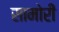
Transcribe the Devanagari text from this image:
सामोरीं